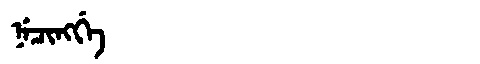
Manchu: ᠨᡝᠴᡳᠩᡤᡝ
Romanization: NECINGGE